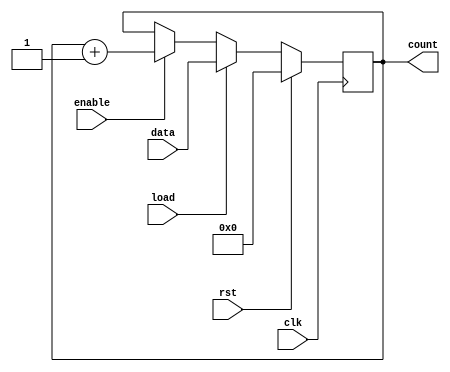
module SynchronousLoadCounter #(parameter WIDTH = 8) (
    input wire clk,        // Clock signal
    input wire rst,        // Reset signal (active high)
    input wire load,       // Load control signal
    input wire [WIDTH-1:0] data, // Data to load into the counter
    input wire enable,     // Enable signal for counting
    output reg [WIDTH-1:0] count // Current counter value
);

// Synchronous logic block
always @(posedge clk) begin
    if (rst) begin
        // Reset the counter to zero (or can be set to a predefined value)
        count <= {WIDTH{1'b0}}; // Reset to 0
    end else if (load) begin
        // Load the specified value into the counter
        count <= data;
    end else if (enable) begin
        // Increment the counter
        count <= count + 1'b1;
    end
end

endmodule